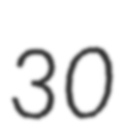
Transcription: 30